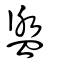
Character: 盥